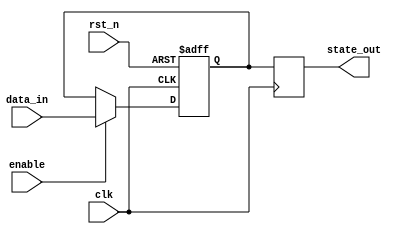
module example_sequential_logic (
    input wire clk,          // Clock input
    input wire rst_n,       // Active low reset
    input wire enable,      // Enable signal for state update
    input wire [3:0] data_in, // 4-bit input data
    output reg [3:0] state_out // 4-bit output state
);

// State variable
reg [3:0] state;

// Always block triggered on the positive edge of the clock
always @ (posedge clk or negedge rst_n) begin
    if (!rst_n) begin
        // Asynchronous reset
        state <= 4'b0000; // Initialize state to 0
    end else if (enable) begin
        // Update state based on input data
        state <= data_in; // Assign input data to state
    end
end

// Output generation based on the current state
always @ (posedge clk) begin
    state_out <= state; // Output the current state
end

endmodule